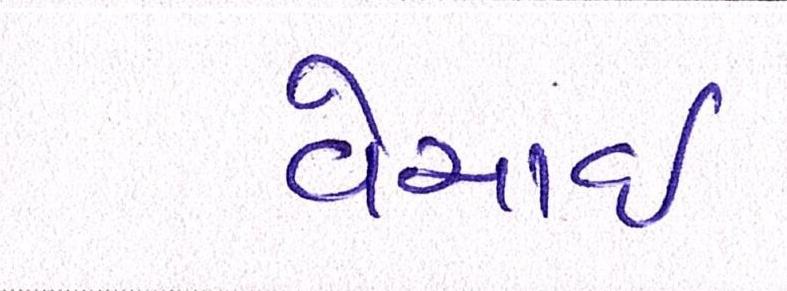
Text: વેચાઈ